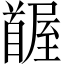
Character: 𩠭